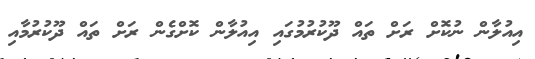
އިއުލާން ނުކޮށް ރަށް ތައް ދޫކުރުމުގައި އިއުލާން ކޮށްގެން ރަށް ތައް ދޫކުރުމާއި